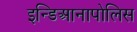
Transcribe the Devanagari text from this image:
इन्डिआनापोलिस